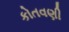
કોતવણી